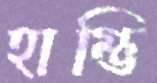
হাম্ভি